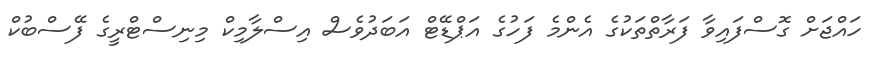
ހައްޖަށް ގޮސްފައިވާ ފަރާތްތަކުގެ އެންމެ ފަހުގެ އަޕްޑޭޓް އަބަދުވެސް އިސްލާމިކް މިނިސްޓްރީގެ ފޭސްބުކް